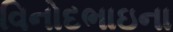
વિનોદભાઇના